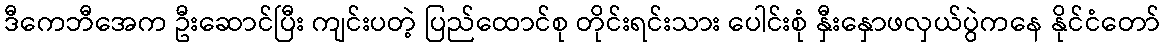
ဒီကေဘီအေက ဦးဆောင်ပြီး ကျင်းပတဲ့ ပြည်ထောင်စု တိုင်းရင်းသား ပေါင်းစုံ နှီးနှောဖလှယ်ပွဲကနေ နိုင်ငံတော်